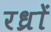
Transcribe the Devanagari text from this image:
रध्राें